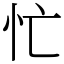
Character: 忙